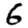
Digit: 6